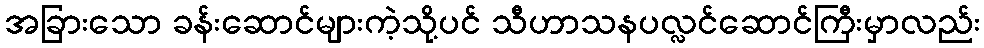
အခြားသော ခန်းဆောင်များကဲ့သို့ပင် သီဟာသနပလ္လင်ဆောင်ကြီးမှာလည်း